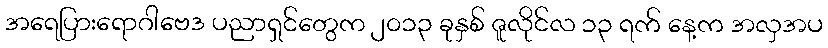
အရေပြားရောဂါဗေဒ ပညာရှင်တွေက ၂၀၁၃ ခုနှစ် ဇူလိုင်လ ၁၃ ရက် နေ့က အလှအပ